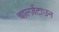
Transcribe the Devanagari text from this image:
चार्ल्ज़टाउन